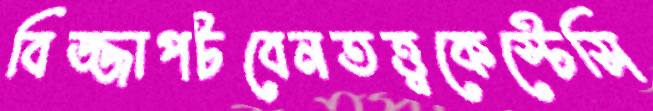
বিজ্জাপটবেনতত্ত্বকেস্টেসি